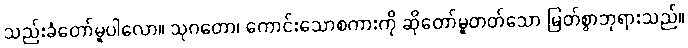
သည်းခံတော်မူပါလော။ သုဂတော၊ ကောင်းသောစကားကို ဆိုတော်မူတတ်သော မြတ်စွာဘုရားသည်။